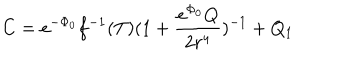
C = e ^ { - \Phi _ { 0 } } f ^ { - 1 } ( T ) ( 1 + \frac { e ^ { \Phi _ { 0 } } Q } { 2 r ^ { 4 } } ) ^ { - 1 } + Q _ { 1 }